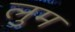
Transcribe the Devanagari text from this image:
लुम